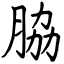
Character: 脇